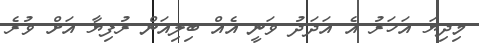
މިދިޔަ އަހަރު އެ އަދަދު ވަނީ އެއް ބިލިއަން ރުފިޔާ އަށް ވުރެ